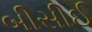
બીસીઈ